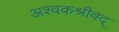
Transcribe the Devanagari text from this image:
अश्वकश्रीवद्‌